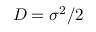
D = \sigma ^ { 2 } / 2